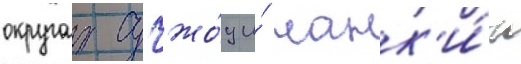
округах сучжо́у и́ нанк'и́н